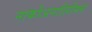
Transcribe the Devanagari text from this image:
नार्कोअनालिसिस